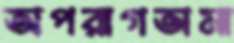
অপরাগতামা